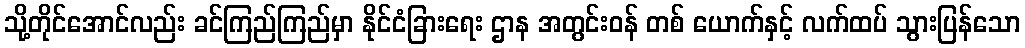
သို့တိုင်အောင်လည်း ခင်ကြည်ကြည်မှာ နိုင်ငံခြားရေး ဌာန အတွင်းဝန် တစ် ယောက်နှင့် လက်ထပ် သွားပြန်သော